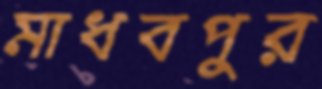
মাধবপুর